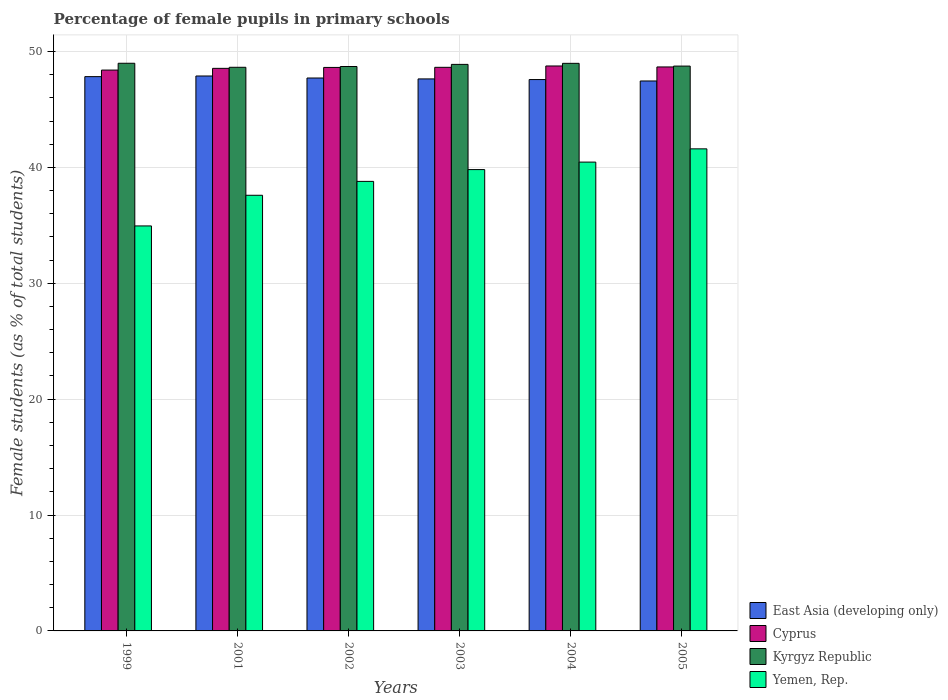
| Years | East Asia (developing only) | Cyprus | Kyrgyz Republic | Yemen, Rep. |
 | --- | --- | --- | --- | --- |
 | 1999 | 47.8 | 48.4 | 49 | 34.9 |
 | 2001 | 47.9 | 48.5 | 48.6 | 37.6 |
 | 2002 | 47.7 | 48.6 | 48.7 | 38.8 |
 | 2003 | 47.6 | 48.6 | 48.9 | 39.8 |
 | 2004 | 47.6 | 48.8 | 49 | 40.5 |
 | 2005 | 47.5 | 48.7 | 48.7 | 41.6 |